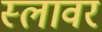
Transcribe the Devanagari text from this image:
स्लावर